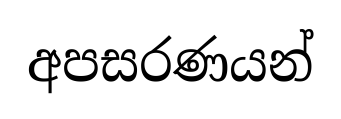
අපසරණයන්